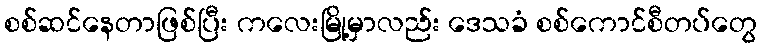
စစ်ဆင်နေတာဖြစ်ပြီး ကလေးမြို့မှာလည်း ဒေသခံ စစ်ကောင်စီတပ်တွေ